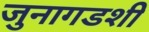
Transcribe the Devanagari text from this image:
जुनागडशी